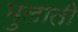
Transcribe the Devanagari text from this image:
भुलाती